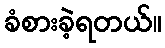
ခံစားခဲ့ရတယ်။